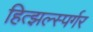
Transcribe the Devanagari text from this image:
हित्झल्स्पर्गर